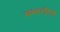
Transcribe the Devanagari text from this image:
सम्मरटिनो